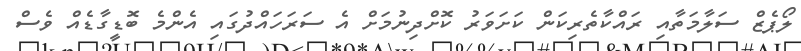
ލޯޕެޒް ސަލާމަތާއި ރައްކާތެރިކަން ކަށަވަރު ކޮށްދިނުމަށް އެ ސަރަހައްދުގައި އެންމެ ބޮޑީގާޑެއް ވެސް